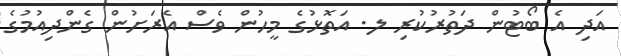
އަދި އެ ބޯޓުން ދަތުރުކުރި ލ. އަތޮޅުގެ މީހުން ވެސް އެރަށުން ގެންދިއުމުގެ